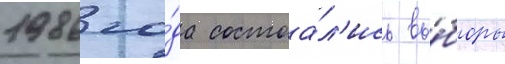
1986 го́да состоа́л'ись вы́боры